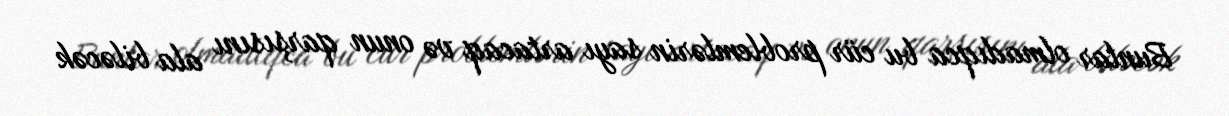
Bunlar olmadıqca bu cür problemlərin sayı artacaq və onun qarşısını ala biləcək